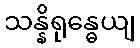
သန္နိရုန္ဓေယျ